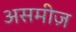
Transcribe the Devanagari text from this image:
असमीज़